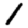
Digit: 1